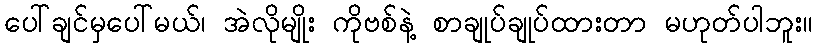
ပေါ်ချင်မှပေါ်မယ်၊ အဲလိုမျိုး ကိုဗစ်နဲ့ စာချုပ်ချုပ်ထားတာ မဟုတ်ပါဘူး။